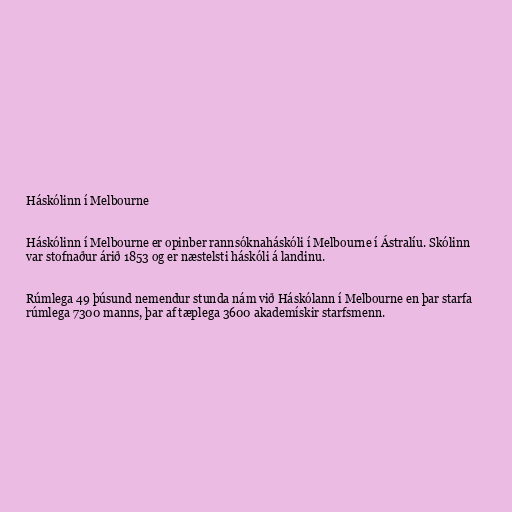
Háskólinn í Melbourne

Háskólinn í Melbourne er opinber rannsóknaháskóli í Melbourne í Ástralíu. Skólinn
var stofnaður árið 1853 og er næstelsti háskóli á landinu.

Rúmlega 49 þúsund nemendur stunda nám við Háskólann í Melbourne en þar starfa
rúmlega 7300 manns, þar af tæplega 3600 akademískir starfsmenn.